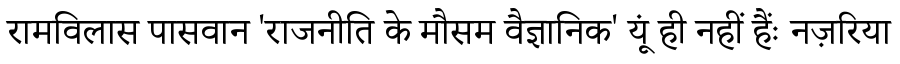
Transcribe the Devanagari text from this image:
रामविलास पासवान 'राजनीति के मौसम वैज्ञानिक' यूं ही नहीं हैंः नज़रिया